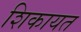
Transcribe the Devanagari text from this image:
शिकायत